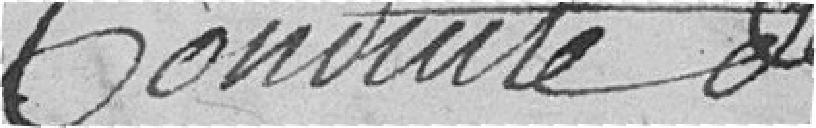
Conduite de